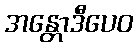
အန္တောဒီပေဝ